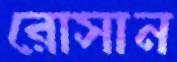
রোসান